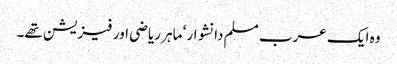
وہ ایک عرب مسلم دانشوار ‘ ماہر ریاضی اور فیزیشن تھے۔